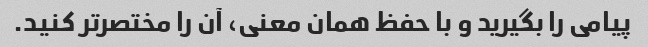
پیامی را بگیرید و با حفظ همان معنی، آن را مختصرتر کنید.